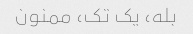
بله، یک تک، ممنون